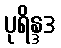
ပုရိန္ဒဒ